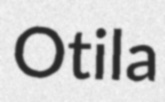
Otila